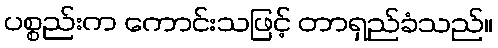
ပစ္စည်းက ကောင်းသဖြင့် တာရှည်ခံသည်။